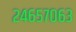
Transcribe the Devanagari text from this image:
२४६५७०६३